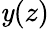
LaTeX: \mathit{y}(z)